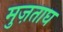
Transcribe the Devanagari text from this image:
मुज़ताघ